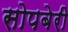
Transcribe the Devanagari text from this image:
सोपबेरी